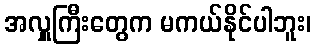
အလှူကြီးတွေက မကယ်နိုင်ပါဘူး၊